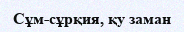
Сұм-сұрқия, қу заман